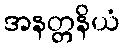
အနတ္တနိယံ